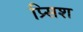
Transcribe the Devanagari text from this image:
प्र्सिश